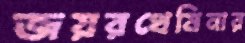
জয়রথেমিনার